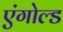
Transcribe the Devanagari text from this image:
एंगोल्ड